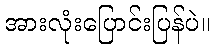
အားလုံးပြောင်းပြန်ပဲ။